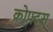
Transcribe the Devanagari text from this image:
क्रोफ्ट्स